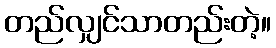
တည်လျှင်သာတည်းတဲ့။